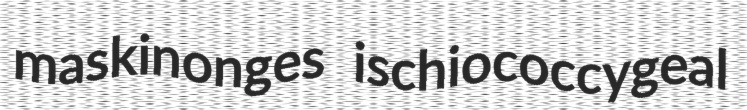
maskinonges ischiococcygeal